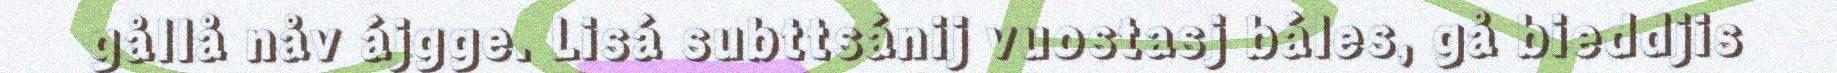
gållå nåv ájgge. Lisá subttsánij vuostasj báles, gå bieddjis